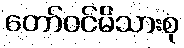
တော်ဝင်မိသားစု